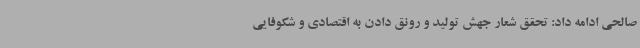
صالحی ادامه داد: تحقق شعار جهش تولید و رونق دادن به اقتصادی و شکوفایی